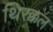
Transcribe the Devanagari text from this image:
थिरक्कल